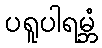
ပရူပါရမ္ဘံ